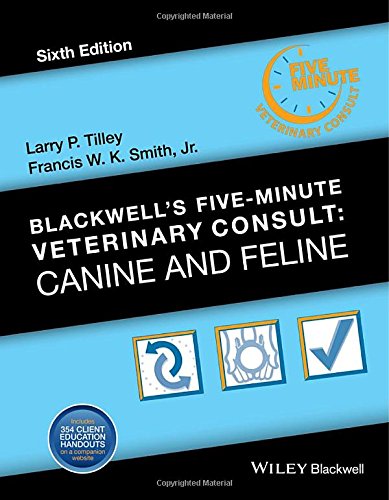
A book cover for Blackwell's Five-Minute Veterinary Consult: Canine and Feline; Crafts, Hobbies & Home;